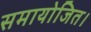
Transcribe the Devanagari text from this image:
समायोजित।